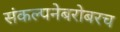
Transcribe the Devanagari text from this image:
संकल्पनेबरोबरच